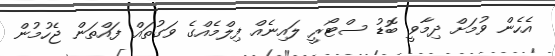
އެހެން ވުމަށް ދިމާވީ ބޮޑު ސްޓޯރީ ލައިނެއް ފިލްމެއްގެ ވަގުތައް ފައްތަން ޖެހުމުން